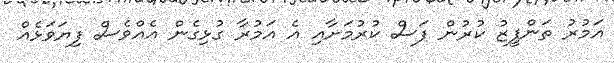
އަމުރު ތަންފީޒު ކުރުން ފަސް ކުރުމަށާއި އެ އަމުރާ ގުޅިގެން އެއްވެސް ފިޔަވަޅެއް